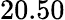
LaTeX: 20.50